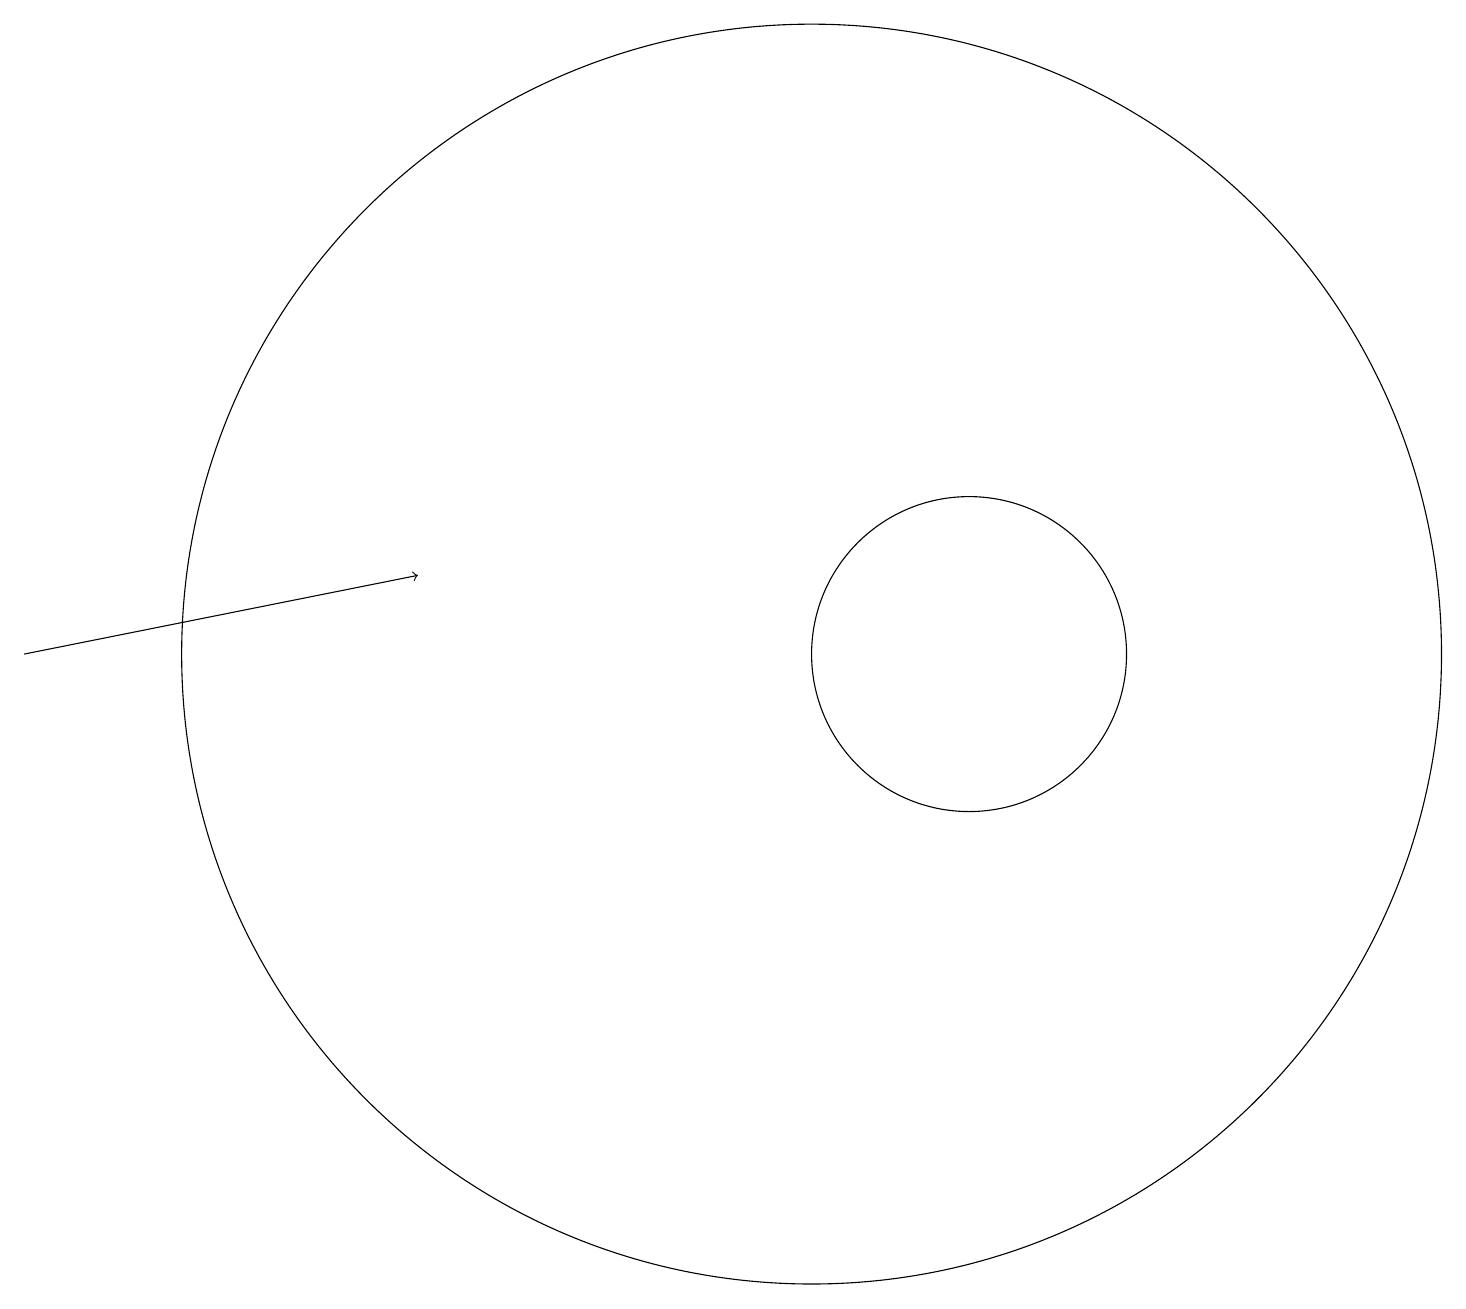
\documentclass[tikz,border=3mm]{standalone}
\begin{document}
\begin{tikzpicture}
\draw (12,11) circle (2);
\draw (10,11) circle (8);
\draw[->] (0,11) -- (5,12);
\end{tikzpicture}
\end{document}